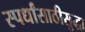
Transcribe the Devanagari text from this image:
स्पर्धांसाठीसुद्धा